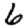
Digit: 6